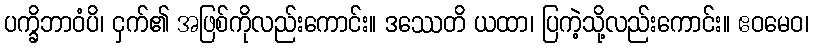
ပက္ခိဘာဝံပိ၊ ငှက်၏ အဖြစ်ကိုလည်းကောင်း။ ဒဿေတိ ယထာ၊ ပြကဲ့သို့လည်းကောင်း။ ဧဝမေဝ၊